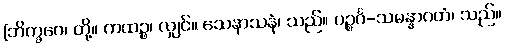
[ဘိက္ခဝေ၊ တို့။ ကထဉ္စ၊ လျှင်။ သေနာသနံ၊ သည်။ ပဉ္စင်္ဂ-သမန္နာဂတံ၊ သည်။